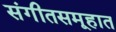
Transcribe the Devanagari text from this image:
संगीतसमूहात